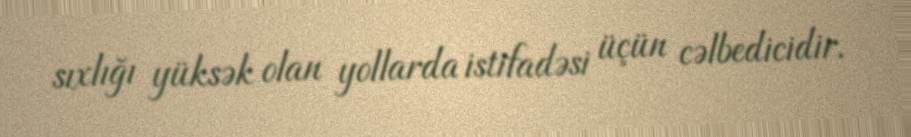
sıxlığı yüksək olan yollarda istifadəsi üçün cəlbedicidir.